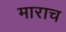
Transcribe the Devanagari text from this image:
माराच